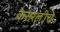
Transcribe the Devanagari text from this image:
कैसरलीचे